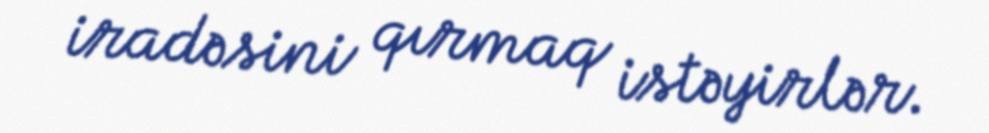
iradəsini qırmaq istəyirlər.